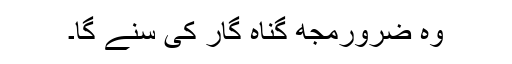
وہ ضرورمجھ گناہ گار کی سنے گا۔